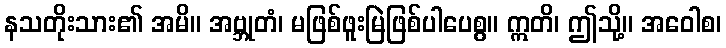
နသတိုးသား၏ အမိ။ အဗ္ဘုတံ၊ မဖြစ်ဖူးမြဲဖြစ်ပါပေစွ။ ဣတိ၊ ဤသို့။ အဝေါစ၊